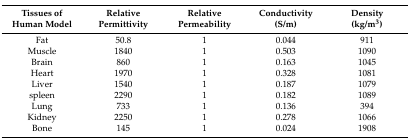
<table><thead><tr><td><b>Tissues of Human Model</b></td><td><b>RelativePermittivity</b></td><td><b>RelativePermeability</b></td><td><b>Conductivity(S/m)</b></td><td><b>Density(kg/m<sup>3</sup>)</b></td></tr></thead><tbody><tr><td>Fat</td><td>50.8</td><td>1</td><td>0.044</td><td>911</td></tr><tr><td>Muscle</td><td>1840</td><td>1</td><td>0.503</td><td>1090</td></tr><tr><td>Brain</td><td>860</td><td>1</td><td>0.163</td><td>1045</td></tr><tr><td>Heart</td><td>1970</td><td>1</td><td>0.328</td><td>1081</td></tr><tr><td>Liver</td><td>1540</td><td>1</td><td>0.187</td><td>1079</td></tr><tr><td>spleen</td><td>2290</td><td>1</td><td>0.182</td><td>1089</td></tr><tr><td>Lung</td><td>733</td><td>1</td><td>0.136</td><td>394</td></tr><tr><td>Kidney</td><td>2250</td><td>1</td><td>0.278</td><td>1066</td></tr><tr><td>Bone</td><td>145</td><td>1</td><td>0.024</td><td>1908</td></tr></tbody></table>